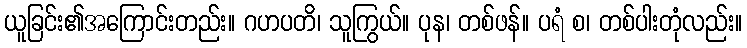
ယူခြင်း၏အကြောင်းတည်း။ ဂဟပတိ၊ သူကြွယ်။ ပုန၊ တစ်ဖန်။ ပရံ စ၊ တစ်ပါးတုံလည်း။